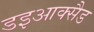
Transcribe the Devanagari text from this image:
डइआक्सैड